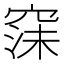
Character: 𮄇